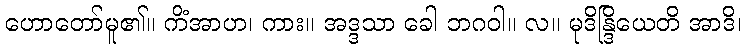
ဟောတော်မူ၏။ ကိံအာဟ၊ ကား။ အဒ္ဒသာ ခေါ ဘဂဝါ။ လ။ မုဒိန္ဒြိယေတိ အာဒိ၊